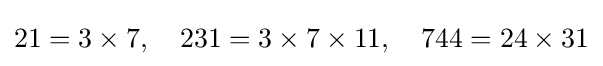
21=3\times 7,\quad 231=3\times 7\times 11,\quad 744=24\times 31